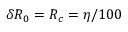
\delta R _ { 0 } = R _ { c } = \eta / 1 0 0